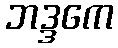
ဘဒ္ဒကေ